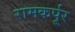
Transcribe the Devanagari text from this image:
रामकर्पूर